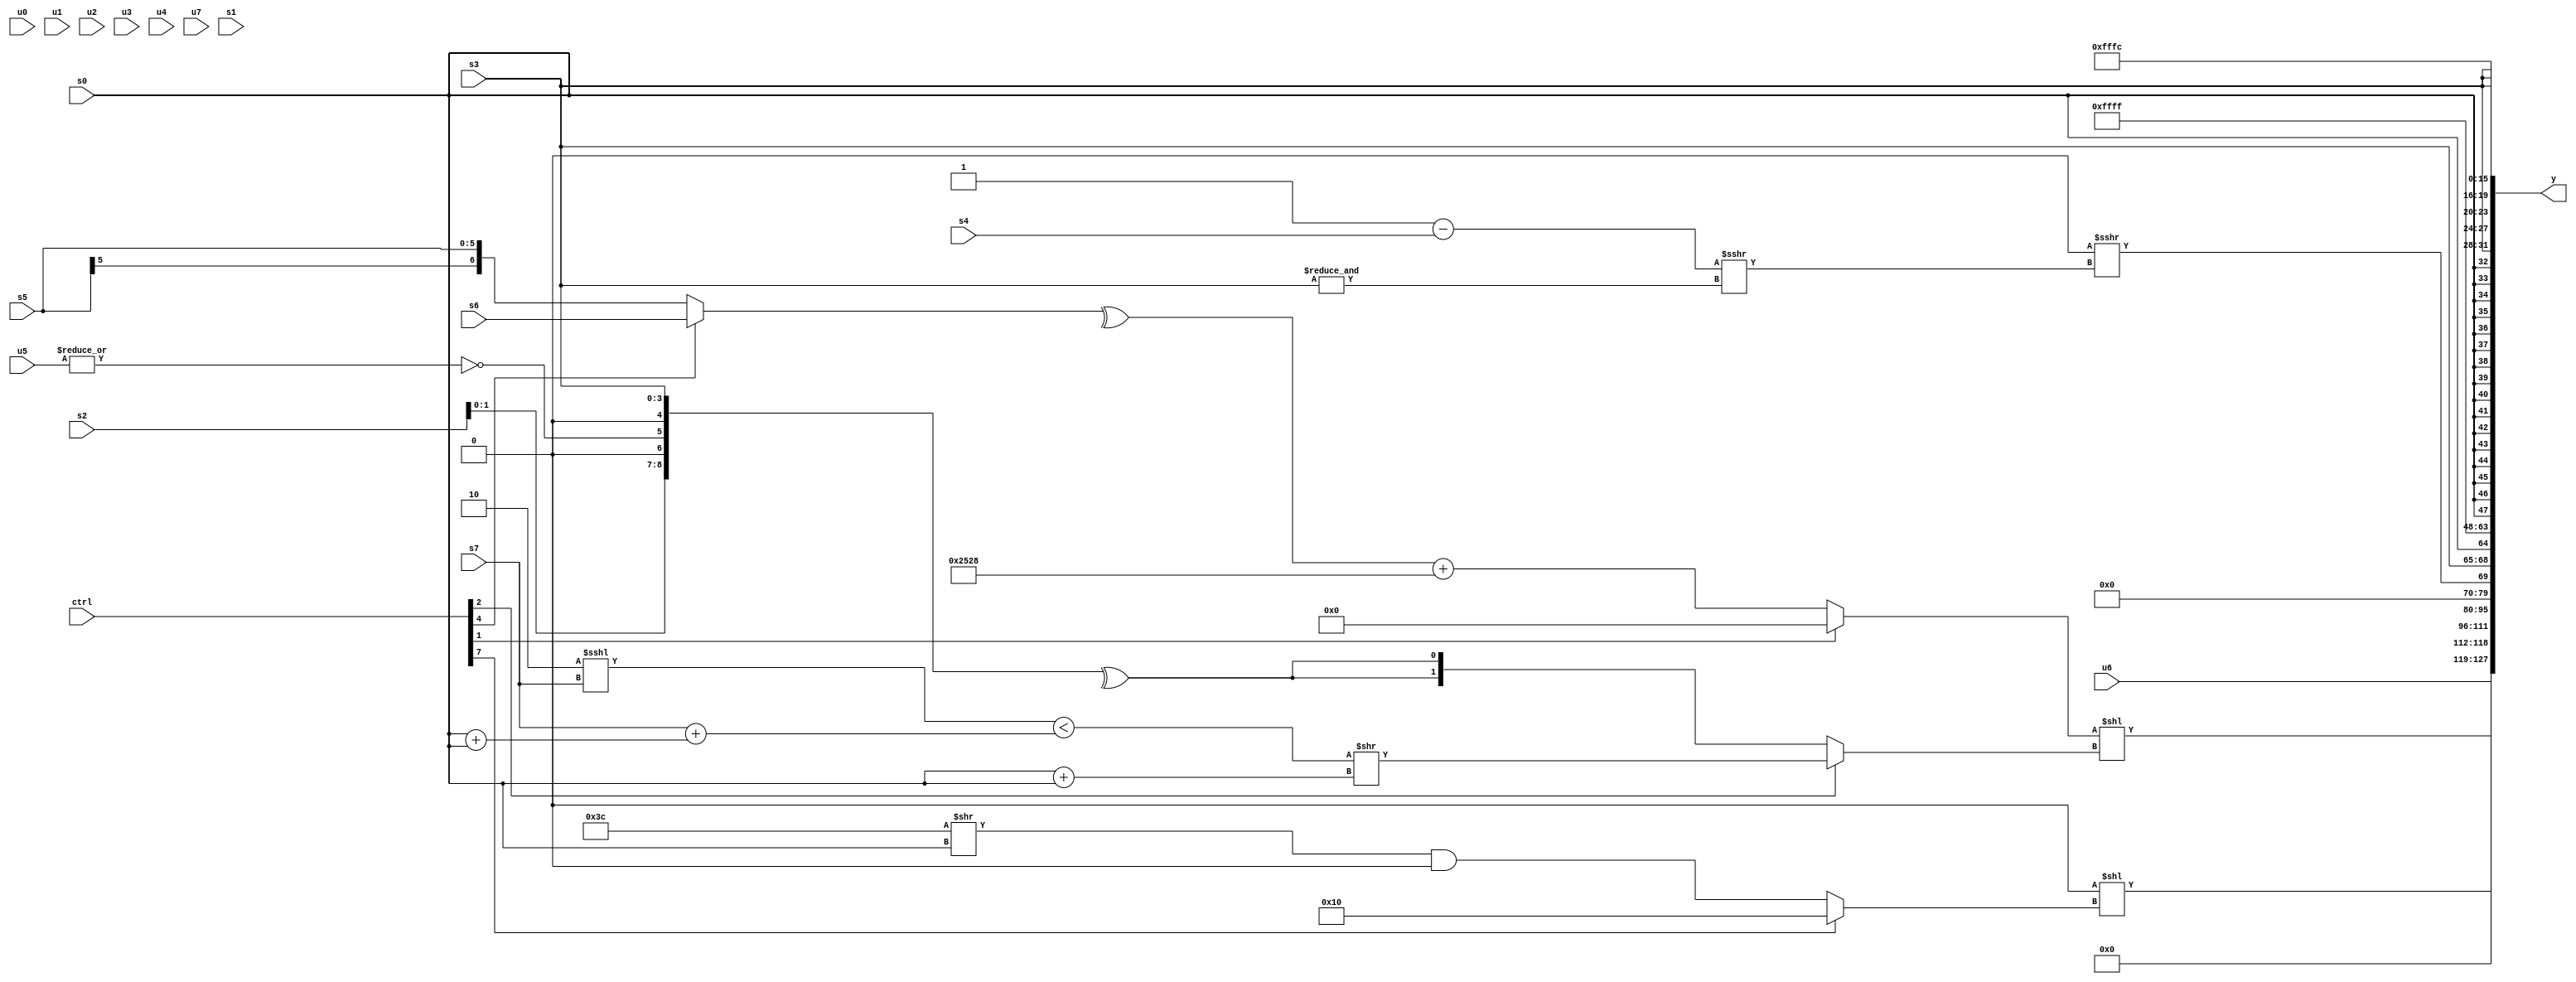
module wideexpr_00755(ctrl, u0, u1, u2, u3, u4, u5, u6, u7, s0, s1, s2, s3, s4, s5, s6, s7, y);
  input [7:0] ctrl;
  input [0:0] u0;
  input [1:0] u1;
  input [2:0] u2;
  input [3:0] u3;
  input [4:0] u4;
  input [5:0] u5;
  input [6:0] u6;
  input [7:0] u7;
  input signed [0:0] s0;
  input signed [1:0] s1;
  input signed [2:0] s2;
  input signed [3:0] s3;
  input signed [4:0] s4;
  input signed [5:0] s5;
  input signed [6:0] s6;
  input signed [7:0] s7;
  output [127:0] y;
  wire [15:0] y0;
  wire [15:0] y1;
  wire [15:0] y2;
  wire [15:0] y3;
  wire [15:0] y4;
  wire [15:0] y5;
  wire [15:0] y6;
  wire [15:0] y7;
  assign y = {y0,y1,y2,y3,y4,y5,y6,y7};
  assign y0 = $unsigned(u6);
  assign y1 = ({(ctrl[1]?(((5'sb01110)<<<(5'sb10111))>>>(~^(4'sb1100)))==(4'sb1100):(^((ctrl[4]?s6:s5)))+(((2'sb01)!=(1'sb1))^~({3{5'sb10110}})))})<<((ctrl[2]?((($signed(2'sb10))<<<(s7))<((s7)+((s0)+(s0))))>>((s0)+(+(s0))):{2{^({(s2)<<<(2'sb01),~|(u5),$unsigned(1'sb0),(ctrl[1]?s3:s3)})}}));
  assign y2 = (((ctrl[7]?(s1)-((2'sb01)&(s0)):(ctrl[4]?3'sb000:(3'sb100)>>(s2))))<<<(6'sb111001))<<((ctrl[7]?$signed(+(5'b10000)):({1{(6'b111100)>>(s0)}})&(^((3'sb110)>=(3'sb010)))));
  assign y3 = {((-(1'b1))<<<(1'b1))>>>((((ctrl[6]?2'sb11:5'sb11111))-(s4))>>>(&(s3))),{+(s3),s0}};
  assign y4 = +(1'sb1);
  assign y5 = s0;
  assign y6 = {4{{4{s3}}}};
  assign y7 = 3'sb100;
endmodule